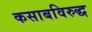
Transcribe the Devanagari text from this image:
कसाबविरुद्ध